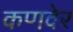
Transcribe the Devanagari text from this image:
कणवेर